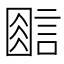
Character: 𰴿